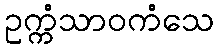
ဥက္ကံသာဝကံသေ